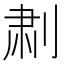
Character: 𫦅